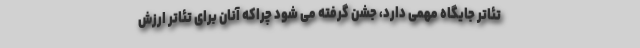
تئاتر جایگاه مهمی دارد، جشن گرفته می شود چراکه آنان برای تئاتر ارزش